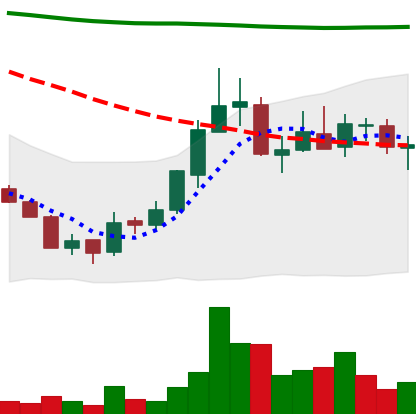
Ticker: ADA-USD
Chart end date: 2018-07-27
Forward return: -14.884%
Label: down_7plus